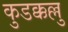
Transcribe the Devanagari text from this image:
कुडक्कल्लु